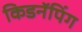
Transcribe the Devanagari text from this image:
किडनॅपिंग